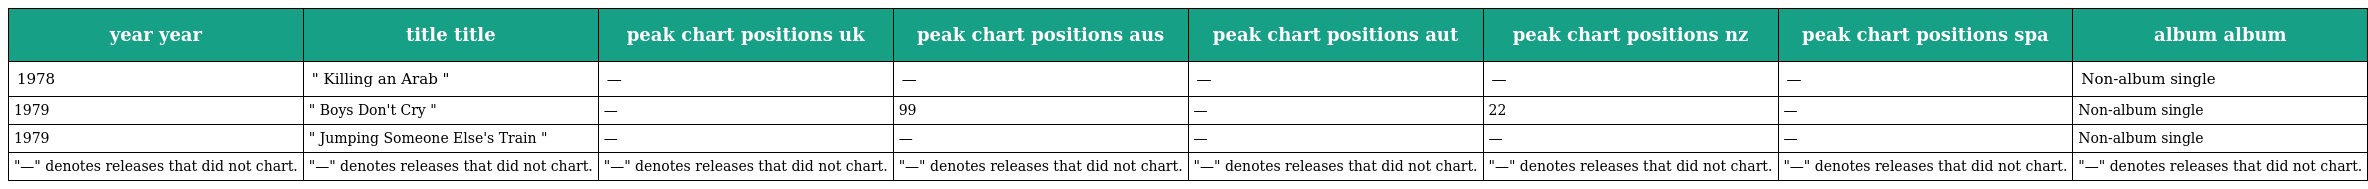
| year year | title title | peak chart positions uk | peak chart positions aus | peak chart positions aut | peak chart positions nz | peak chart positions spa | album album |
 | --- | --- | --- | --- | --- | --- | --- | --- |
 | 1978 | " Killing an Arab " | — | — | — | — | — | Non-album single |
 | 1979 | " Boys Don't Cry " | — | 99 | — | 22 | — | Non-album single |
 | 1979 | " Jumping Someone Else's Train " | — | — | — | — | — | Non-album single |
 | "—" denotes releases that did not chart. | "—" denotes releases that did not chart. | "—" denotes releases that did not chart. | "—" denotes releases that did not chart. | "—" denotes releases that did not chart. | "—" denotes releases that did not chart. | "—" denotes releases that did not chart. | "—" denotes releases that did not chart. |